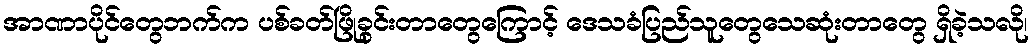
အာဏာပိုင်တွေဘက်က ပစ်ခတ်ဖြိုခွင်းတာတွေကြောင့် ဒေသခံပြည်သူတွေသေဆုံးတာတွေ ရှိခဲ့သလို၊